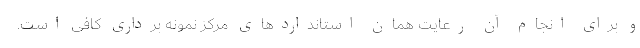
و برای انجام آن رعایت همان استانداردهای مرکز نمونه برداری کافی است.